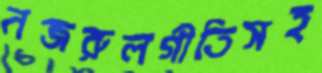
নজরুলগীতিসহ